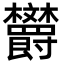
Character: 𪴦